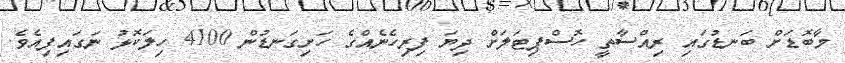
މާބޮޑަށް ބަނޑުގައި ރިއްސާތީ ހޮސްޕިޓަލަށް ދިޔަ ފިރިހެނެއްގެ ހަށިގަނޑުން 4100 ހިލަކޮޅު ނަގައިފިއެވެ.